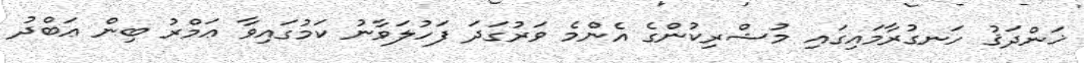
ޚަންދަޤު ހަނގުރާމައިގައި މުޝްރިކުންގެ އެންމެ ވަރުގަދަ ފަހުލަވާނު ކަމުގައިވާ ޢަމްރު ބިން ޢަބްދު